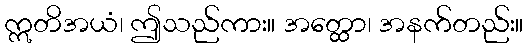
ဣတိအယံ၊ ဤသည်ကား။ အတ္ထော၊ အနက်တည်း။